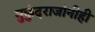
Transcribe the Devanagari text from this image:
मुकुंदराजांनीही